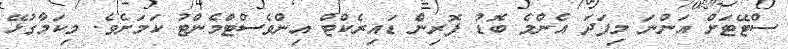
ސްޓޭޓަށް އަންނަ މިފަދަ އެންމެ ބޮޑު ފޮރިން ޑައިރެކްޓް އިންވެސްޓްމެންޓު ކަމަށެވެ. މިކަމާގުޅޭ